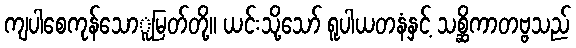
ကျပါစေကုန်သောူမြတ်တို့။ ယင်းသို့သော် ရူပါယတနံနှင့် သစ္ဆိကာတဗ္ဗသည်